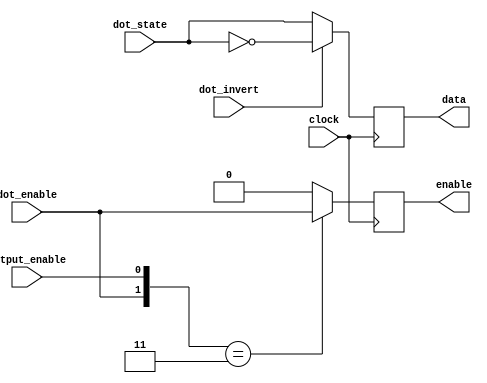
// SPDX-FileCopyrightText: 2020 Efabless Corporation
//
// Licensed under the Apache License, Version 2.0 (the "License");
// you may not use this file except in compliance with the License.
// You may obtain a copy of the License at
//
//      http://www.apache.org/licenses/LICENSE-2.0
//
// Unless required by applicable law or agreed to in writing, software
// distributed under the License is distributed on an "AS IS" BASIS,
// WITHOUT WARRANTIES OR CONDITIONS OF ANY KIND, either express or implied.
// See the License for the specific language governing permissions and
// limitations under the License.
// SPDX-License-Identifier: Apache-2.0

`default_nettype none
/*
 *-------------------------------------------------------------
 *
 * dot_driver
 *
 *
 *-------------------------------------------------------------
 */
module dot_driver(
  input   wire  clock,
  //input   wire  reset_n,
  input   wire  dot_enable,
  input   wire  output_enable,
  input   wire  dot_state,
  input   wire  dot_invert,
  output  reg   data,
  output  reg   enable
);
 
  always@(posedge clock)
  begin
    /*case({reset_n,dot_enable})
      2'b11   : data <= dot_invert ? ~dot_state : dot_state;
      default : data <= 1'b0;
    endcase*/
    //case(dot_enable)
      data <= dot_invert ? ~dot_state : dot_state;
      //1'b0 : data <= 1'b0;
    //endcase
  end

  always@(posedge clock)
  begin
    /*case({reset_n,dot_enable,output_enable})
      3'b111   : enable <= dot_enable;
      default : enable <= 1'b0;
    endcase*/
    case({dot_enable,output_enable})
      2'b11   : enable <= dot_enable;
      default : enable <= 1'b0;
    endcase
  end


endmodule